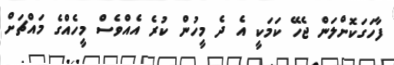
ފާހަގަކޮށްލަން ޖެހޭ ކަމަކީ އެ ދެ މީހުން ކުރެ އެއްވެސް މީހެއްގެ މައްޗަށް